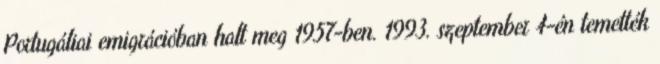
Portugáliai emigrációban halt meg 1957-ben. 1993. szeptember 4-én temették